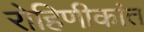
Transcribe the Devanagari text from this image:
रोहिणीकांत